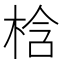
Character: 梒